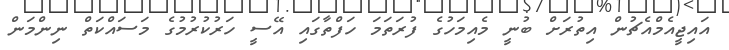
އައިޖީއެމްއެޗުން އިތުރަށް ބުނީ މެއިމަހުގެ ފުރަތަމަ ހަފްތާގައި އޭސީ ހަރުކުރުމުގެ މަސައްކަތް ނިންމަން